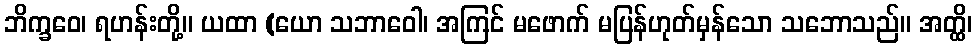
ဘိက္ခဝေ၊ ရဟန်းတို့။ ယထာ (ယော သဘာဝေါ၊ အကြင် မဖောက် မပြန်ဟုတ်မှန်သော သဘောသည်။ အတ္ထိ၊